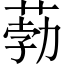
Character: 葧